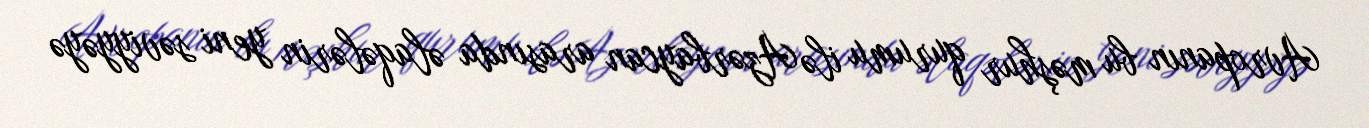
Avropanın bu məşhur qurumu ilə Azərbaycan arasında əlaqələrin yeni səviyyəyə